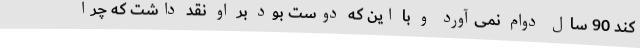
کند 90 سال دوام نمی‌آورد و با این که دوست بود بر او نقد داشت که چرا